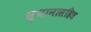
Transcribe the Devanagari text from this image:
स्थानासहित